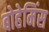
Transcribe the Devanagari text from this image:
बोहेमिंस